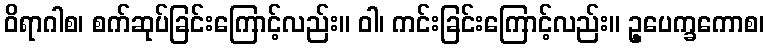
ဝိရာဂါစ၊ စက်ဆုပ်ခြင်းကြောင့်လည်း။ ဝါ၊ ကင်းခြင်းကြောင့်လည်း။ ဥ့ပေက္ခကောစ၊